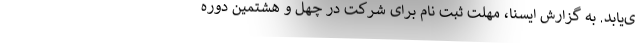
ی‌یابد. به گزارش ایسنا، مهلت ثبت نام برای شرکت در چهل و هشتمین دوره